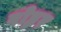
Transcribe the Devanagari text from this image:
वोह्लर